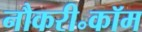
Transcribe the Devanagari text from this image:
नौकरी॰कॉम